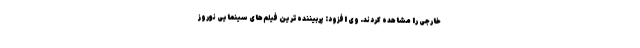
خارجی را مشاهده کردند. وی افزود: پربیننده‌ترین فیلم‌های سینمایی نوروز